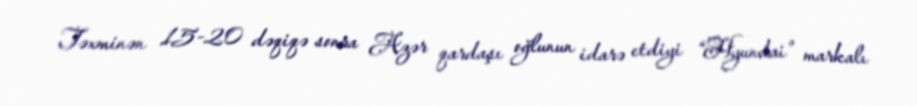
Təxminən 15-20 dəqiqə sonra Azər qardaşı oğlunun idarə etdiyi “Hyundai” markalı